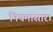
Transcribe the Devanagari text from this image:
नियमासार।